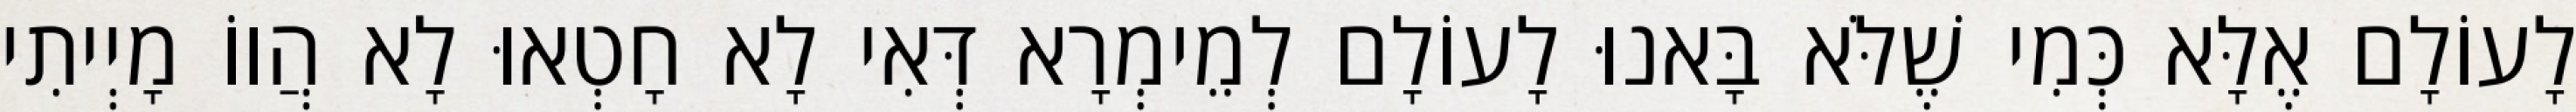
לָעוֹלָם אֶלָּא כְּמִי שֶׁלֹּא בָּאנוּ לָעוֹלָם לְמֵימְרָא דְּאִי לָא חָטְאוּ לָא הֲווֹ מָיְיתִי